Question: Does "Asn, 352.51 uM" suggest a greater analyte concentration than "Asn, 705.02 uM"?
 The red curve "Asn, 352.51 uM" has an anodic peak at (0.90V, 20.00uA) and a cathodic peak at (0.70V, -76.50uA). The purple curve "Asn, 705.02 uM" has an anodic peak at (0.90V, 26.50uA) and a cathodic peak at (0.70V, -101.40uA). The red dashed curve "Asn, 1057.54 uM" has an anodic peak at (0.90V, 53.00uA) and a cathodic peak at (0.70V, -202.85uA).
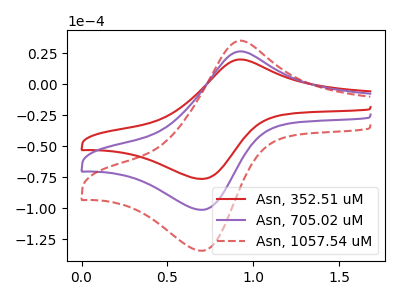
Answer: <think>All the peaks in "Asn, 352.51 uM" have a peak in "Asn, 705.02 uM" at the same potential. Every peak in "Asn, 352.51 uM" is lower than every peak in "Asn, 705.02 uM".
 </think>
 <answer>"Asn, 352.51 uM" has less signal than "Asn, 705.02 uM".</answer>
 <eval>less_signal</eval>